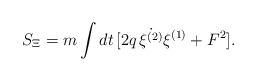
LaTeX: \begin{align*}S_{\Xi} = m \int dt \, [ 2 q \,\dot{\xi^{(2)}} \xi^{(1)} + F^2].\end{align*}